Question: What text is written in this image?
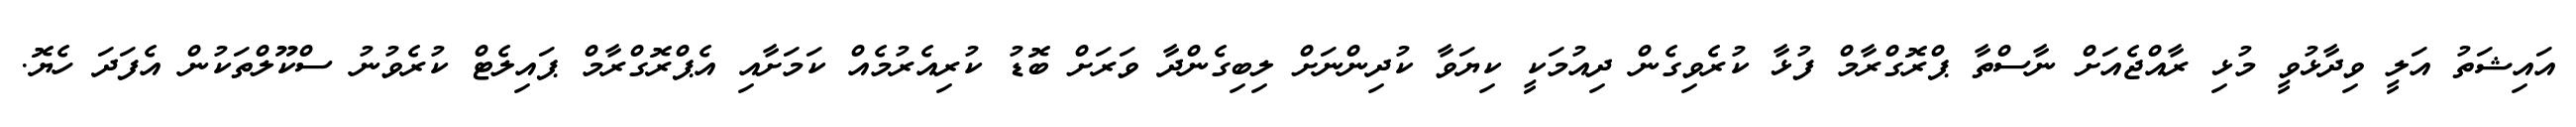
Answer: އައިޝަތު އަލީ ވިދާޅުވީ މުޅި ރާއްޖެއަށް ނާސްތާ ޕްރޮގްރާމް ފުޅާ ކުރެވިގެން ދިއުމަކީ ކިޔަވާ ކުދިންނަށް ލިބިގެންދާ ވަރަށް ބޮޑު ކުރިއެރުމެއް ކަމަށާއި އެޕްރޮގްރާމް ޕައިލެޓް ކުރެވުނު ސްކޫލްތަކުން އެފަދަ ހެޔޮ.